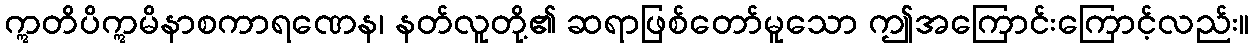
ဣတိပိဣမိနာစကာရဏေန၊ နတ်လူတို့၏ ဆရာဖြစ်တော်မူသော ဤအကြောင်းကြောင့်လည်း။